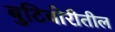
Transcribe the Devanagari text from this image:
बुटिबोरीतील